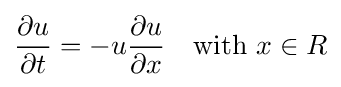
{\frac {\partial u}{\partial t}}=-u{\frac {\partial u}{\partial x}}\quad {\text{with }}x\in R